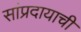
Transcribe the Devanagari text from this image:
सांप्रदायाची